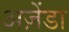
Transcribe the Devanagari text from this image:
अज़ेंडा